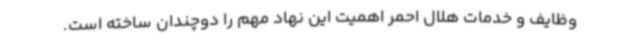
وظایف و خدمات هلال احمر اهمیت این نهاد مهم را دوچندان ساخته است.